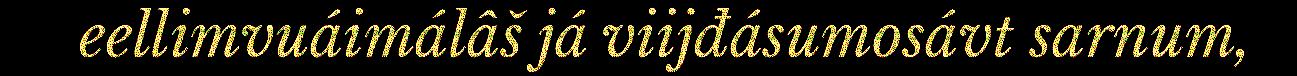
eellimvuáimálâš já viijđásumosávt sarnum,